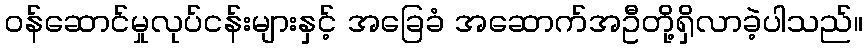
ဝန်ဆောင်မှုလုပ်ငန်းများနှင့် အခြေခံ အဆောက်အဦတို့ရှိလာခဲ့ပါသည်။